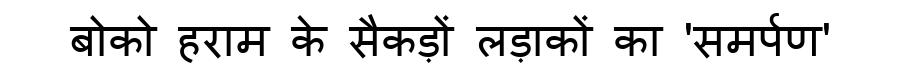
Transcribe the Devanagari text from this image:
बोको हराम के सैकड़ों लड़ाकों का 'समर्पण'